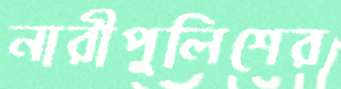
নারীপুলিশের